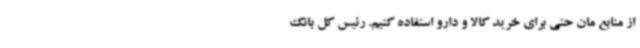
از منابع مان حتی برای خرید کالا و دارو استفاده کنیم. رئیس کل بانک